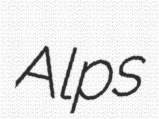
Alps